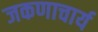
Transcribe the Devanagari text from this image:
जकणाचार्य